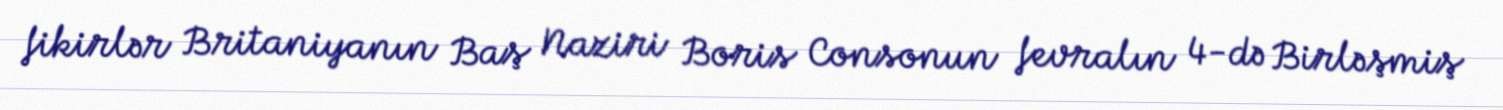
fikirlər Britaniyanın Baş Naziri Boris Consonun fevralın 4-də Birləşmiş